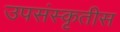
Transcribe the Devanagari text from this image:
उपसंस्कृतीस